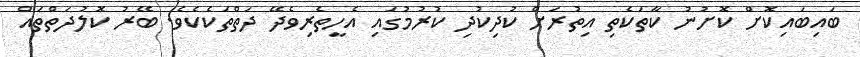
ބައިބައިކޮށް ކޮށުނު ކާތަކެތި އިތުރަށް ކުދިކުދި ކުރުމުގައި އެހީތެރިވެދޭ ދަތްތަކެކެވެ. ބޭރު ކޮލުދަތްތައް